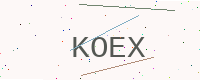
Text: KOEX